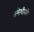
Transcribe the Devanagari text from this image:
तमेशीवरी